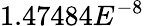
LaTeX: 1.47484E^{-8}